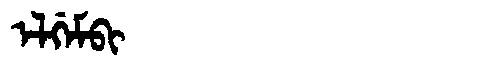
Manchu: ᡝᠯᡤᡝᠮᠪᡳ
Romanization: ELGEMBI